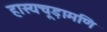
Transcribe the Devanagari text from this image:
हास्यचूड़ामणि